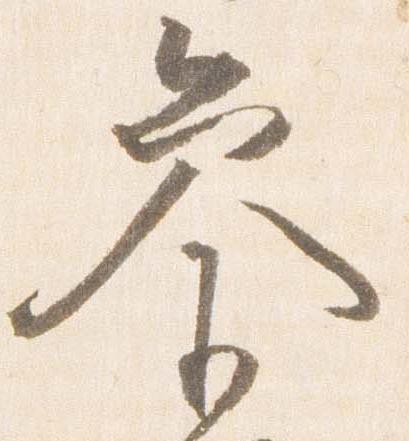
参